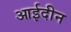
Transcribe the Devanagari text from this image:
आईदीन